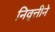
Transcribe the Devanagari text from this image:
निवृत्तीने